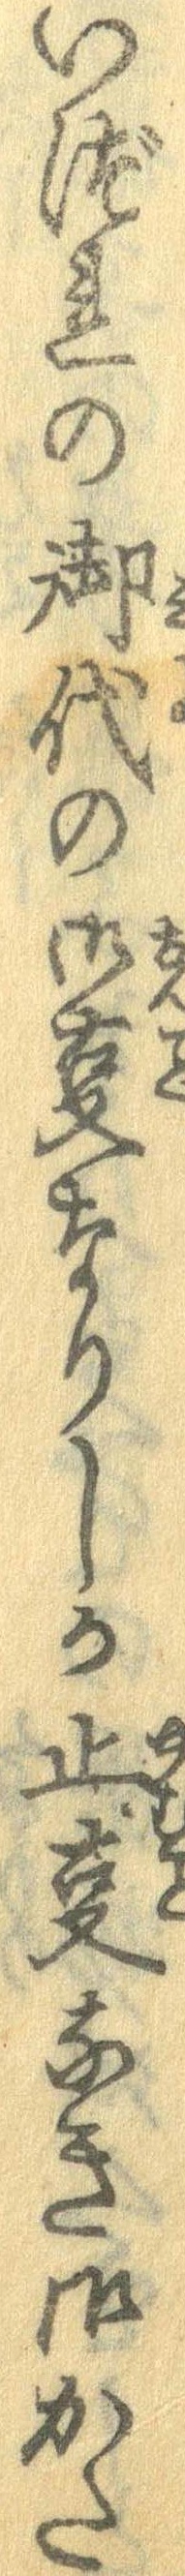
いづれの御代の御事なりしか止事なき御かた